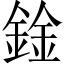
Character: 鍂